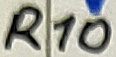
Text: R10